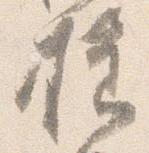
様